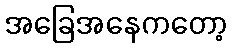
အခြေအနေကတော့